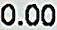
0.00